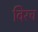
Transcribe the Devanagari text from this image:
विरच